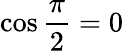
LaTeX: \cos{\frac{\pi}{2}}=0